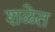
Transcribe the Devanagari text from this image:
शळेत